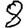
Digit: 8